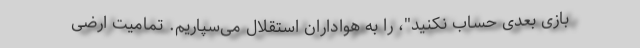
بازی بعدی حساب نکنید"، را به هواداران استقلال می‌سپاریم. تمامیت ارضی